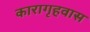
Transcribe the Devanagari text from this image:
कारागृहवास